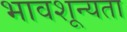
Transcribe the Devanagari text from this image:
भावशून्यता